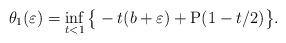
LaTeX: \begin{align*}\theta_1(\varepsilon) = \inf\limits_{t < 1} \big\{-t(b + \varepsilon) + \mathrm{P}(1-t/2)\big\}.\end{align*}